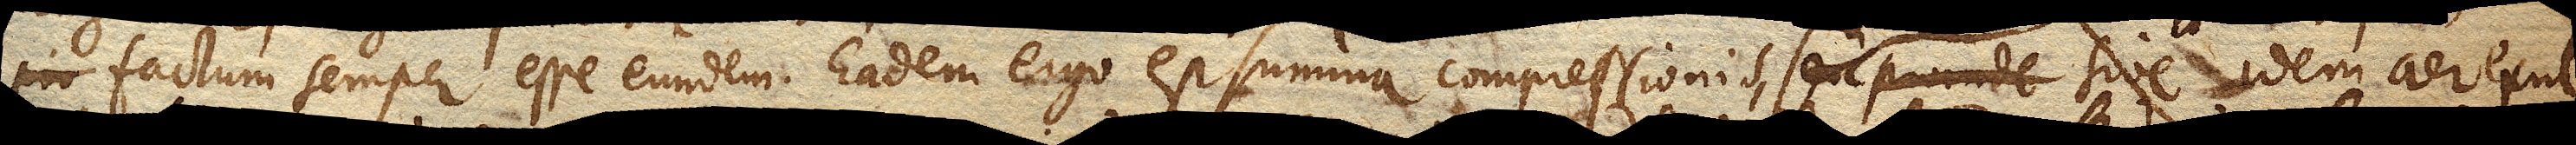
factum semper esse eundem. Eadem ergo est summa compressionis, seu proinde sive idem aer exul